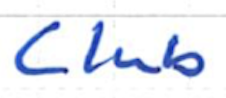
Text: Club
Cross-out: clean
Writing tool: ballpoint